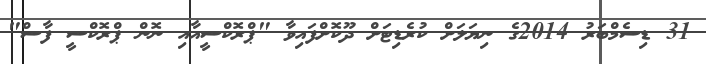
31 ޑިސެމްބަރު 2014ގެ ނިޔަލަށް ކުރެޑިޓަށް ދޫކޮށްފައިވާ "ޕްރޮކްސީއާއި ނޮން ޕްރޮކްސީ ފާސް"